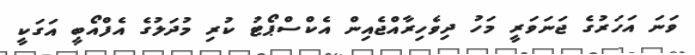
ވަނަ އަހަރުގެ ޖަނަވަރީ މަހު ދިވެހިރާއްޖެއިން އެކްސްޕޯޓު ކުރި މުދަލުގެ އެފްއޯބީ އަގަކީ